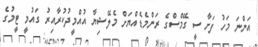
އަންނަ މަހު ފަށާ ސީ ގޭމްސްގެ ރަންމެޑެއްޔަށް މެލޭޝިޔާ އުއްމީދުކުރާއިރު ގައުމީ ޓީމުގެ